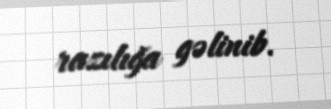
razılığa gəlinib.